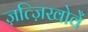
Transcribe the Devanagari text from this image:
ज़त्ज़िखोवें